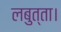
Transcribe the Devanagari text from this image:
लबुत्ता।